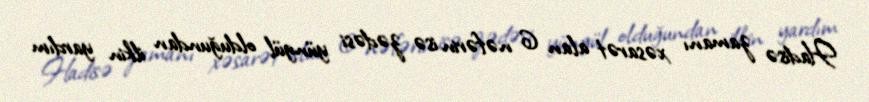
Hadisə zamanı xəsarət alan 6 nəfərin isə zədəsi yüngül olduğundan ilkin yardım